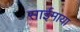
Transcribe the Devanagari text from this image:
साईमाया